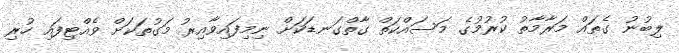
ލިބުނު ގެތައް މަރާމާތު ކުރުމުގެ މަސައްކަތް ގާތްގަނޑަކަށް ނިމިފައިވާއިރު މަގުތަކަށް ވެއްޓިފައި ހުރި